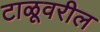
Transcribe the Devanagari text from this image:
टाळूवरील